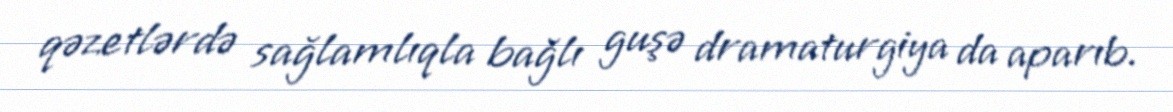
qəzetlərdə sağlamlıqla bağlı guşə dramaturgiya da aparıb.